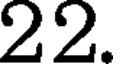
22.